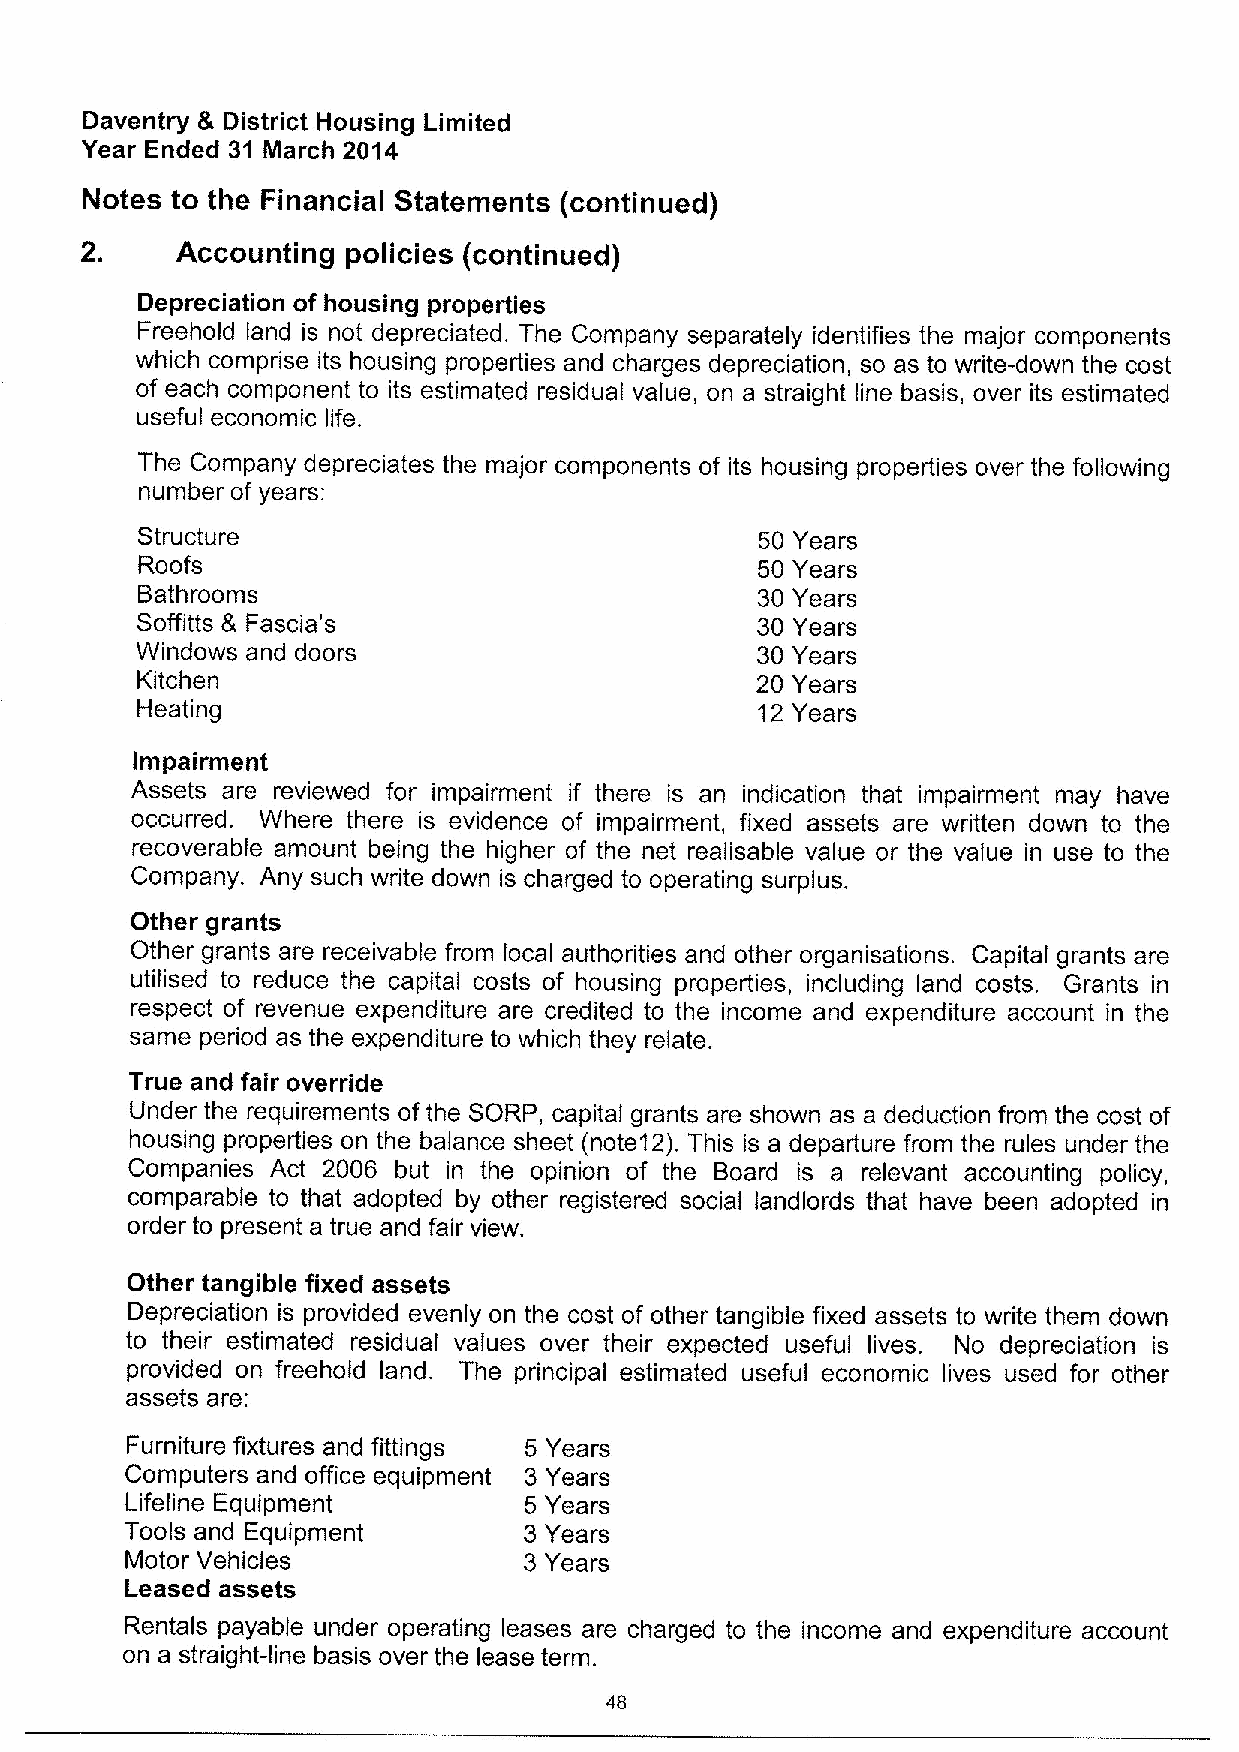
Daventry & District Housing Limited
 Year Ended 31 March 2014
 Notes to the Financial Statements (continued)
 2.     Accounting policies (continued)
 Depreciation of housing properties
 Freehold land is not depreciated. The Company separately identifies the major components
 which comprise its housing properties and charges depreciation, so as to write-down the cost
 of each component to its estimated residual value, on a straight line basis, over its estimated
 useful economic life.
 The Company depreciates the major components of its housing properties over the following
 number of years:
 Structure                                50 Years
 Roofs                                    50 Years
 Bathrooms                                30 Years
 Soffitts 8 Fascia's                      30 Years
 Windows and doors                        30 Years
 Kitchen                                  20 Years
 Heating                                  12 Years
 Impairment
 Assets are reviewed for impairment if there is an indication that impairment may have
 occurred. Where there is evidence of impairment, fixed assets are written down to the
 recoverable amount being the higher of the net realisable value or the value in use to the
 Company. Any such write down is charged to operating surplus.
 Other grants
 Other grants are receivable from local authorities and other organisations. Capital grants are
 utifised to reduce the capital costs of housing properties, including land costs. Grants in
 respect of revenue expenditure are credited to the income and expenditure account in the
 same period as the expenditure to which they relate.
 True and fair override
 Under the requirements of the SORP, capital grants are shown as a deduction from the cost of
 housing properties on the balance sheet (note12). This is a departure from the rules under the
 Companies Act 2006 but in the opinion of the Board is a relevant accounting policy,
 comparable to that adopted by other registered social landlords that have been adopted in
 order to present a true and fair view.
 Other tangible fixed assets
 Depreciation is provided evenly on the cost of other tangible fixed assets to write them down
 to their estimated residual values over their expected useful lives. No depreciation is
 provided on freehold land. The principal estimated useful economic lives used for other
 assets are:
 Furniture fixtures and fittings
 Computers and office equipment
 Lifeline Equipment
 Tools and Equipment
 Motor Vehicles
 Leased assets
 Rentals payable under operating leases are charged to the income and expenditure account
 on a straight-line basis over the lease term.
 48